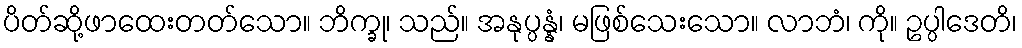
ပိတ်ဆို့ဖာထေးတတ်သော။ ဘိက္ခု၊ သည်။ အနုပ္ပန္နံ၊ မဖြစ်သေးသော။ လာဘံ၊ ကို။ ဥပ္ပါဒေတိ၊